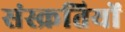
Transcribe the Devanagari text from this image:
संस्क्रतियों